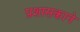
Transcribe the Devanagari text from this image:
प्रशासकाने